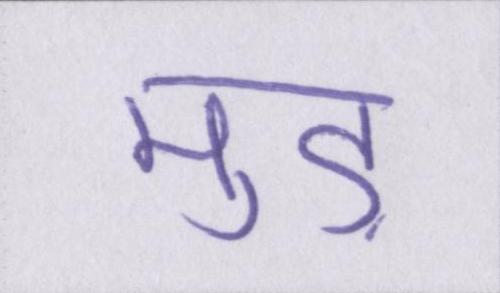
मुड़